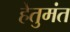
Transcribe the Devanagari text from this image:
हेतुमंत